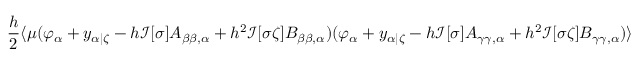
\frac { h } { 2 } \langle \mu ( \varphi _ { \alpha } + y _ { \alpha | \zeta } - h \mathcal { I } [ \sigma ] A _ { \beta \beta , \alpha } + h ^ { 2 } \mathcal { I } [ \sigma \zeta ] B _ { \beta \beta , \alpha } ) ( \varphi _ { \alpha } + y _ { \alpha | \zeta } - h \mathcal { I } [ \sigma ] A _ { \gamma \gamma , \alpha } + h ^ { 2 } \mathcal { I } [ \sigma \zeta ] B _ { \gamma \gamma , \alpha } ) \rangle